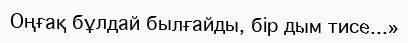
Оңғақ бұлдай былғайды, бір дым тисе...»